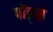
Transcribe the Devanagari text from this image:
पोंड्स